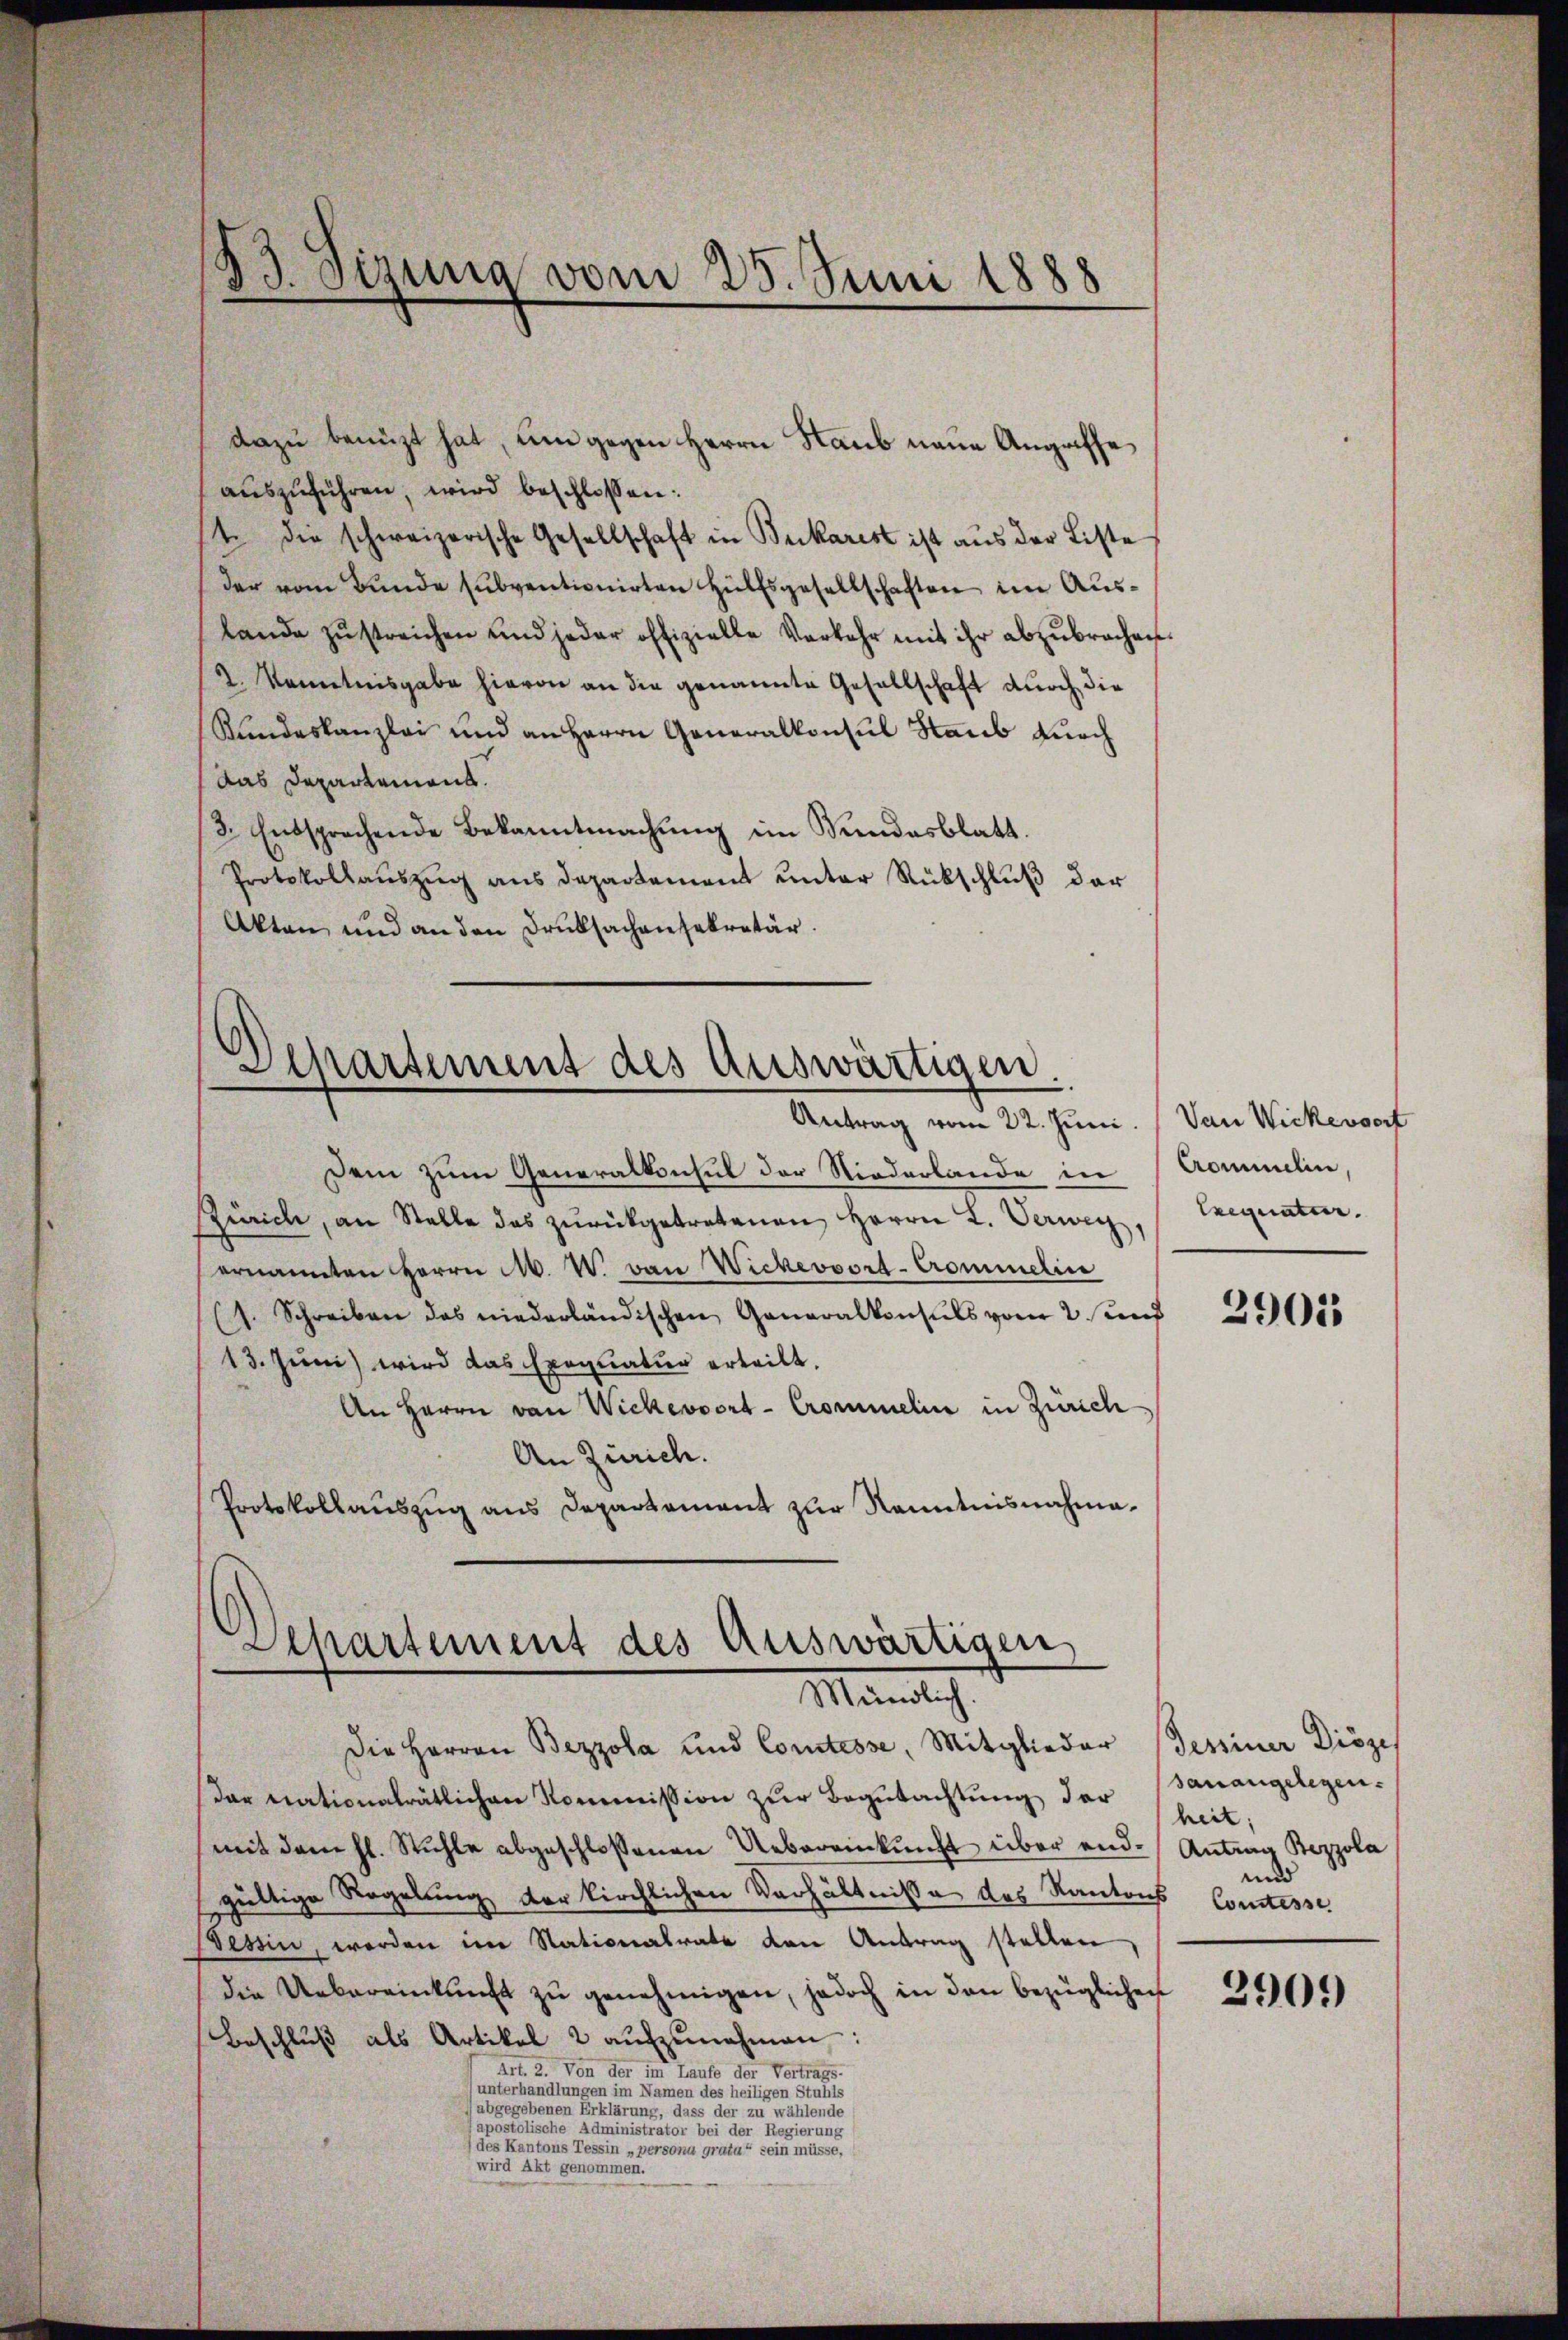
Dem zum Generalkonsul der Niederlande in Commelin,
Zürich, an Stelle das zŭrückgetretenen Herrn L. Verweg,
ernannten Herrn M. W. von Wickervort-Crommelin
(1. Schreiben des niederländischen Generalkonsuls vom 2. und
13. Juni wird das Exequatuor erteilt.
An Herrn von Wickerwort-Crommelin in Zürich
An Zürich.
Protokollaŭszŭg ans Departement zur Kenntnisnahma¬

d
Sizung vom 25. Juni 1888

dazu benuzt hat, um gegen Herrn Staub neue Angaffe
aŭszŭführen, wird beschlossen:
t. die schweizerische Gesellschaft in Bukarest ist aus der Liste
(der vom Bunde subventionirten Hülfsgesellschaften im Auslande zŭstreichen und jeder offizielle Verkehr mit ihr abzŭbrachen.
2. Kenntnisgabe hievon an die genannte Gesellschaft durch die
Rundeskanzlei und an Herrn Generalkonsul Haub durch
Das Departement.
3. Entsprechende Bekanntmachung im Sundesblatt.
Protokollaŭszŭg ans Departement ŭnter Rückschlŭβ der
Akten und an den Druksachensekretär.

Departement des auswärtigen.
Antrag vom 22. Juni. (Van Wickessert

Apartement des Auswärtigen,
Mantlich

Die Herren Bezzola und Comtesse, Mitglieder Tessiner Diözes
dar nationalrätlichen Kommission zŭr Begutachtung der
mit dem hl. Stühle abgeschlossenen Uebereinkunft über end-Antrag Bezzola
gültige Regelung der kirchlichen Verhältnisse des Kantons Comtesse
essin, werden im Nationalrate den Antrag stellen
die Uebereinkunft zu genehmigen, jedoch in den bezüglichen
Beschlŭβ als Artikel 2 aŭfzŭnehmen:
Art. 2. Von der im Laufe der Vertrags-
(unterhandlungen im Namen des heiligen Stuhls
abgegebenen Erklärung, dass der zu wählende
(apostolische Administrator bei der Regierung
(des Kantons Tessin „persona grata“ sein müsse,
wird Akt genommen.

Exequatur.

2905

sanangelegen.
heit;
und

2909